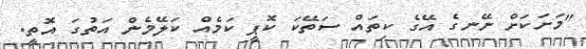
"މަށަކަށް ނޭނގެ އޭގެ ކިތައް ސަތޭކަ ކޮޕީ ކަމެއް ކަލޭމެން އަތުގަ އޮތީ.